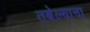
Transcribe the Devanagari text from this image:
तबेल्याना